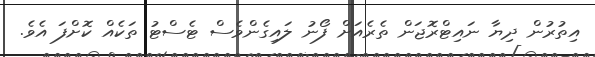
އިތުރުން ދިޔާ ނައިޓްރޮޖަން ތެރެއަށް ފޯނު ލައިގެންވެސް ޓެސްޓު ތަކެއް ކޮށްފަ އެވެ.